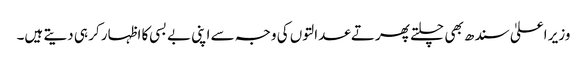
وزیر اعلیٰ سندھ بھی چلتے پھرتے عدالتوں کی وجہ سے اپنی بے بسی کا اظہار کر ہی دیتے ہیں۔